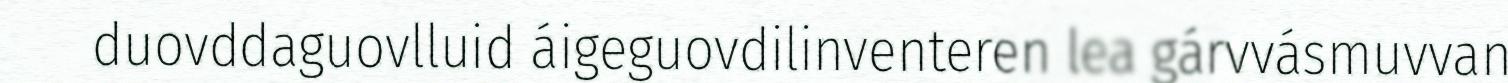
duovddaguovlluid áigeguovdilinventeren lea gárvvásmuvvan